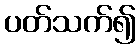
ပတ်သက်၍